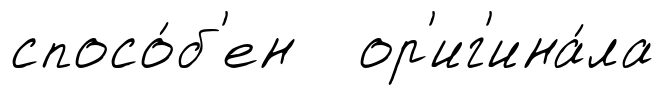
спосо́б'ен ор'иг'ина́ла